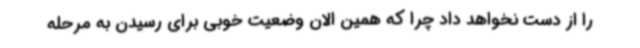
را از دست نخواهد داد چرا که همین الان وضعیت خوبی برای رسیدن به مرحله